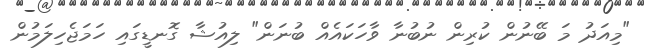
"މިއަދު މަ ބޭނުން ކުރިން ނުބުނާ ވާހަކައެއް ބުނަން" ލިއުޝާ ގޮނޑީގައި ހަމަޖެހިލަމުން